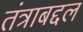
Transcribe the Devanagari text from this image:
तंत्राबद्दल